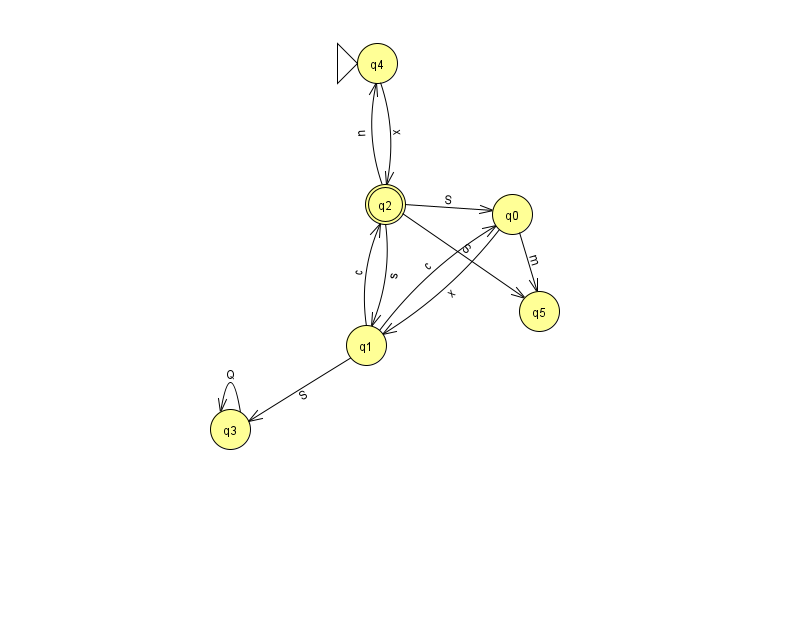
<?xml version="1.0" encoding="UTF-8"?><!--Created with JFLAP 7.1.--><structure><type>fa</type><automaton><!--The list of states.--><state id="0" name="q0"><x>512.0</x><y>201.0</y></state><state id="1" name="q1"><x>366.0</x><y>332.0</y></state><state id="2" name="q2"><x>385.0</x><y>191.0</y><final/></state><state id="3" name="q3"><x>230.0</x><y>416.0</y></state><state id="4" name="q4"><x>377.0</x><y>50.0</y><initial/></state><state id="5" name="q5"><x>539.0</x><y>298.0</y></state><!--The list of transitions.--><transition><from>3</from><to>3</to><read>Q</read></transition><transition><from>1</from><to>0</to><read>c</read></transition><transition><from>4</from><to>2</to><read>x</read></transition><transition><from>1</from><to>2</to><read>c</read></transition><transition><from>2</from><to>1</to><read>s</read></transition><transition><from>0</from><to>1</to><read>x</read></transition><transition><from>2</from><to>0</to><read>S</read></transition><transition><from>1</from><to>3</to><read>S</read></transition><transition><from>2</from><to>5</to><read>S</read></transition><transition><from>2</from><to>4</to><read>u</read></transition><transition><from>0</from><to>5</to><read>m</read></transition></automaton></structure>